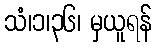
သံ၊၁၊၃၆၊ မှယူရန်